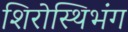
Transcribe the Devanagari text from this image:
शिरोस्थिभंग